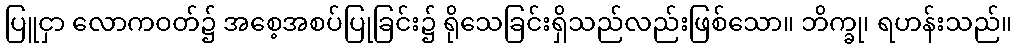
ပြူငှာ လောကဝတ်၌ အစေ့အစပ်ပြုခြင်း၌ ရိုသေခြင်းရှိသည်လည်းဖြစ်သော။ ဘိက္ခု၊ ရဟန်းသည်။